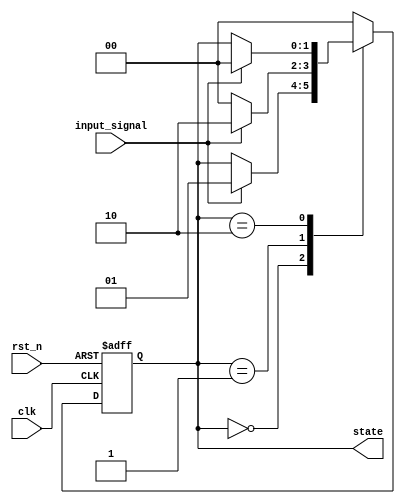
module state_machine (
    input wire clk,        // Clock input
    input wire rst_n,      // Active-low reset input
    input wire input_signal, // Example input signal for state transition
    output reg [1:0] state // 2-bit state output
);

    // Define state encoding
    parameter STATE_IDLE   = 2'b00;
    parameter STATE_RUN    = 2'b01;
    parameter STATE_DONE   = 2'b10;

    // Always block triggered on the rising edge of the clock or on reset
    always @(posedge clk or negedge rst_n) begin
        if (!rst_n) begin
            state <= STATE_IDLE; // Reset state
        end else begin
            case (state)
                STATE_IDLE: begin
                    if (input_signal) begin
                        state <= STATE_RUN; // Transition to RUN state
                    end
                end
                
                STATE_RUN: begin
                    if (input_signal) begin
                        state <= STATE_DONE; // Transition to DONE state
                    end else begin
                        state <= STATE_IDLE; // Transition back to IDLE state
                    end
                end

                STATE_DONE: begin
                    // Here you can define how to return to IDLE or RUN if needed
                    if (input_signal) begin
                        state <= STATE_IDLE; // Transition back to IDLE state
                    end
                end

                default: state <= STATE_IDLE; // Default case
            endcase
        end
    end
endmodule